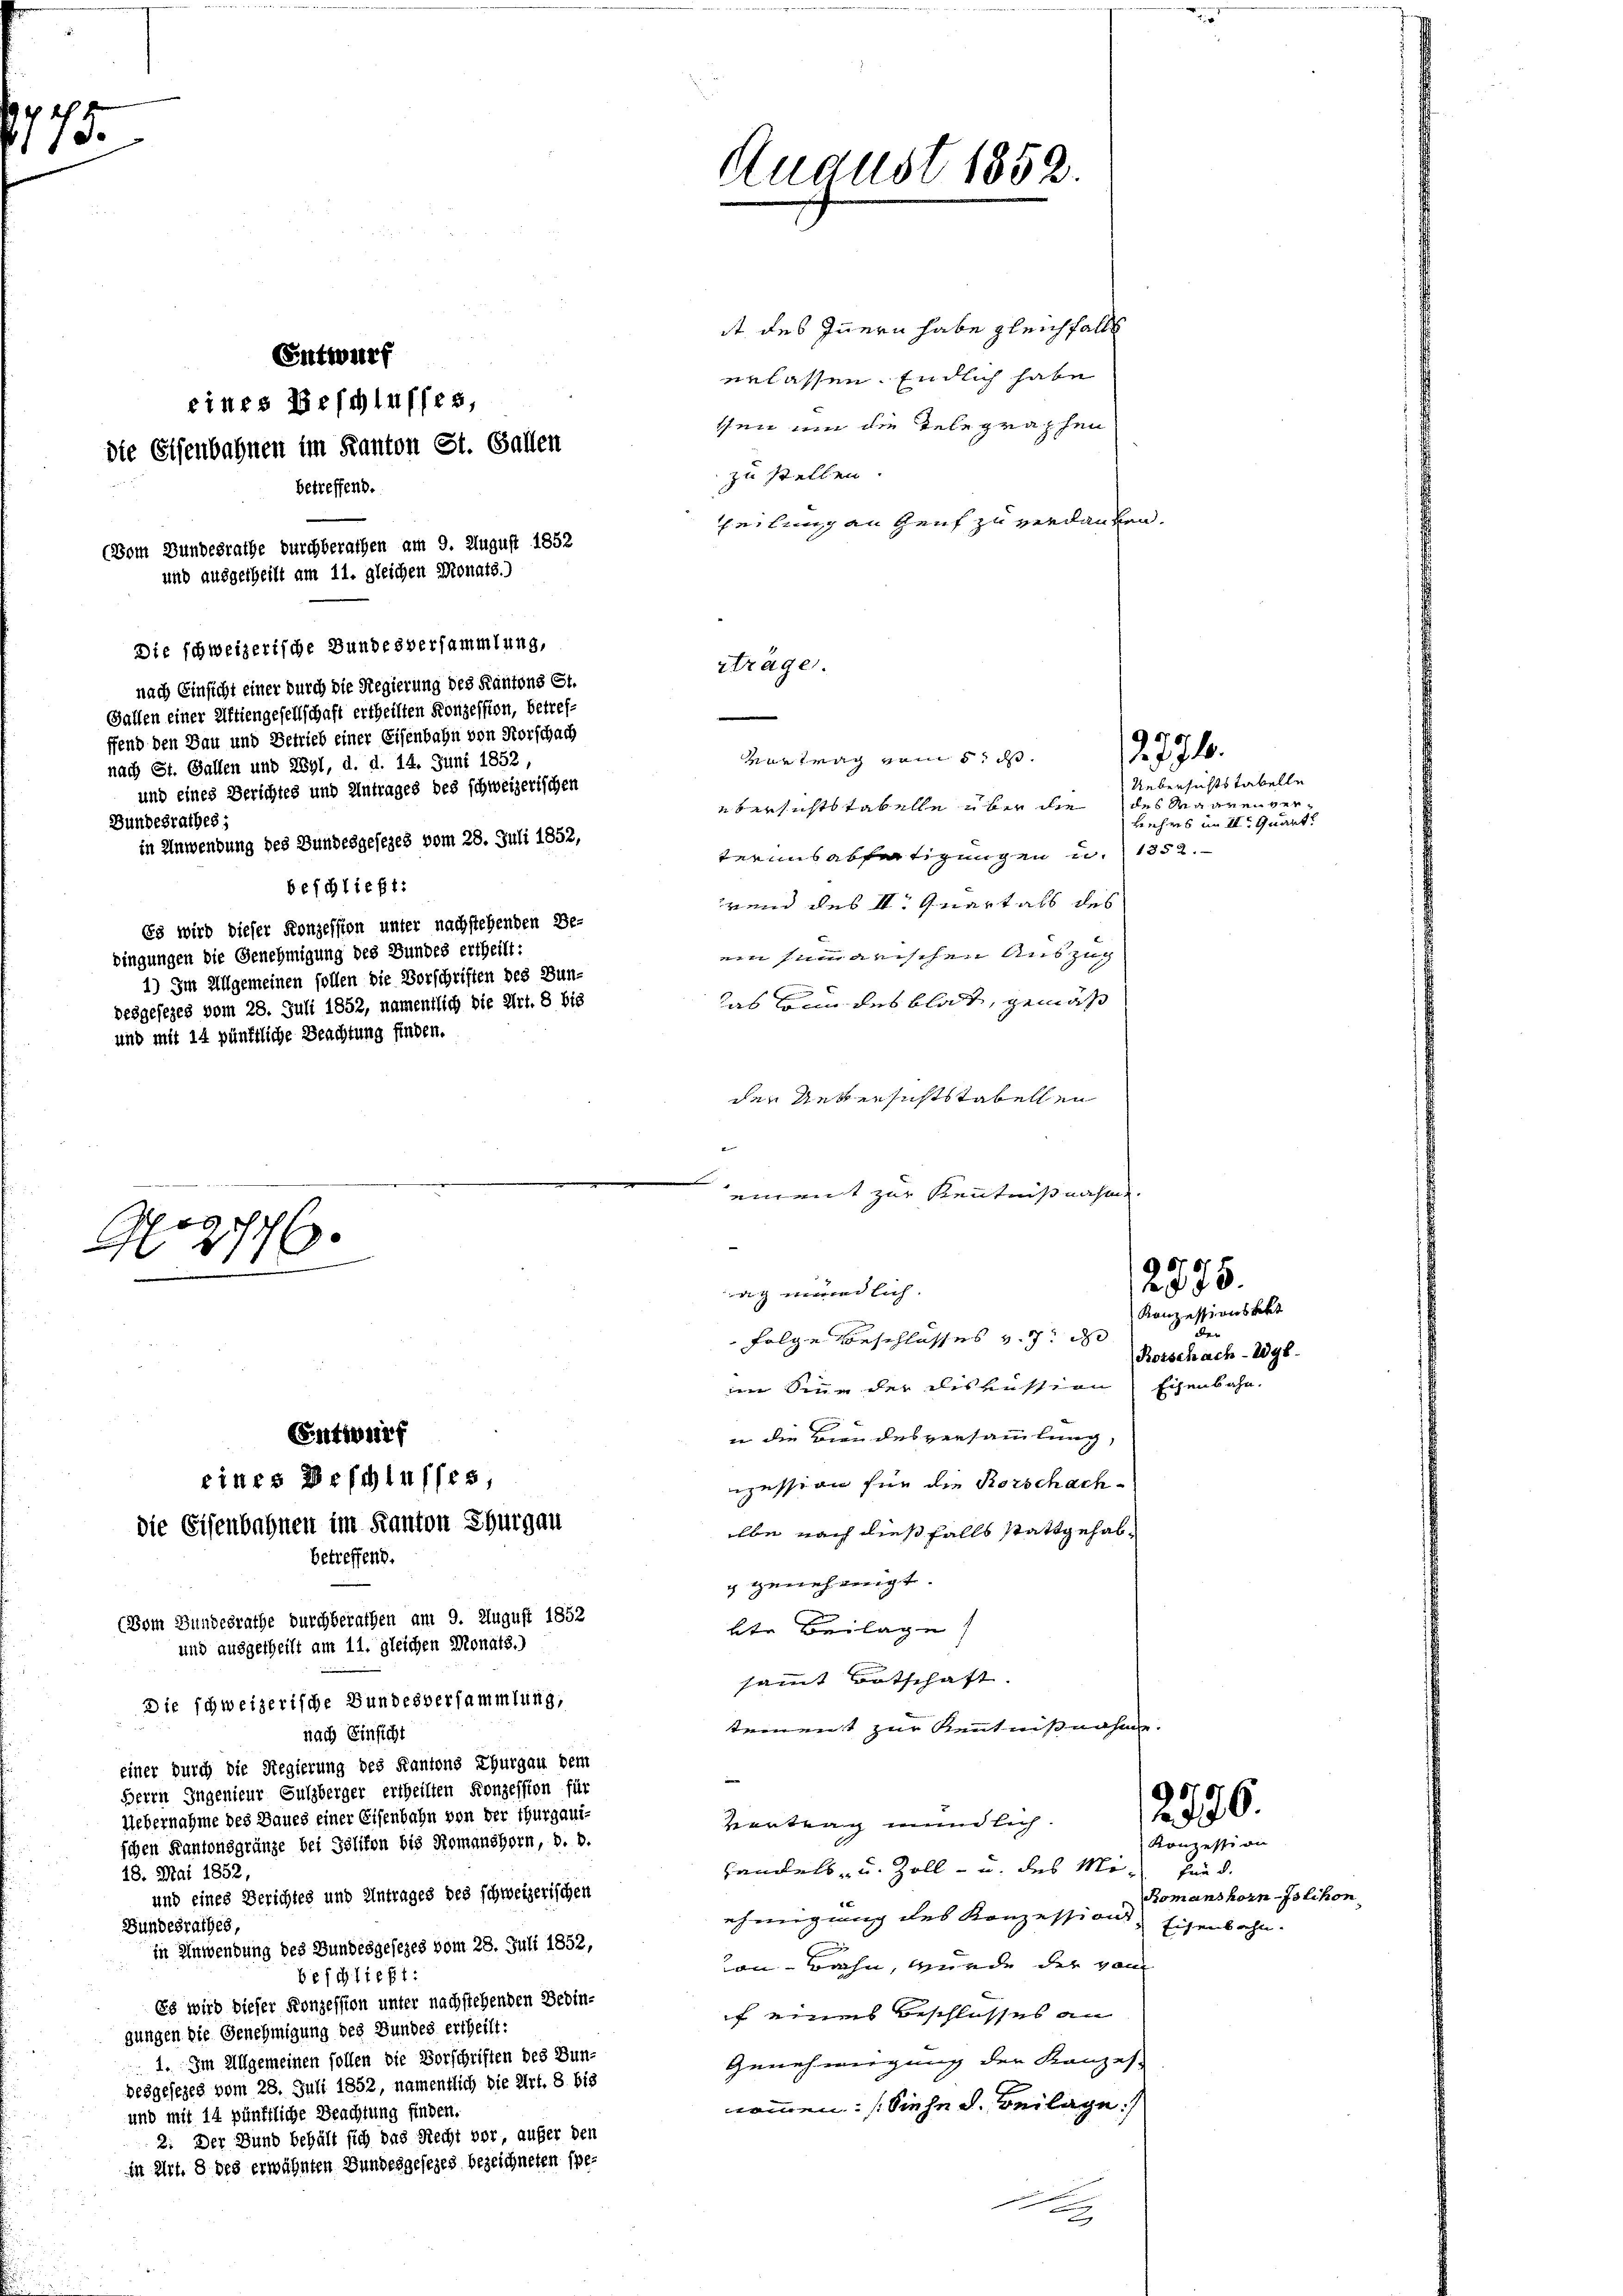
N. 2
118.

Die schweizerische Bundesversammlung,
nach Einsicht einer durch die Regierung des Kantons St.
Gallen einer Aktiengesellschaft ertheilten Konzession, betrefffend den Bau und Betrieb einer Eisenbahn von Vorschach
nach St. Gallen und Wyl, d. d. 14. Juni 1852,
und eines Berichtes und Antrages des schweizerischen
Bundesrathes;
in Anwendung des Bundesgesezes vom 28. Juli 1852,
beschließt:
Es wird dieser Konzession unter nachstehenden Be-
bingungen die Genehmigung des Bundes ertheilt:
1) Im Allgemeinen sollen die Vorschriften des Bun-
desgesezes vom 28. Juli 1852, namentlich die Art. 8 bis
und mit 14 pünktliche Beachtung finden.
e
Gog176.

Entwurf
eines Beschlusses,
die Eisenbahnen im Kanton St. Gallen
betreffend.

(Dom Bundesrathe durchberathen am 9. August 1852
und ausgetheilt am 11. gleichen Monats.)

EEntwurf
eines Beschlusses,
die Eisenbahnen im Kanton Thurgau
betreffend.
(Vom Bundesrathe durchberathen am 9. August 1852

und ausgetheilt am 11. gleichen Monats.)
Die schweizerische Bundesversammlung,
nach Einsicht
einer durch die Regierung des Kantons Thurgau dem
Herrn Ingenieur Sulzberger ertheilten Konzession für
Uebernahme des Baues einer Eisenbahn von der Thurgauschen Kantonsgränze bei Geliten bis Romanshorn, d. d.
18. Mai 1852,
und eines Berichtes und Antrages des schweizerischen
Bundesrathes,
in Anwendung des Bundesgesezes vom 28. Juli 1852,
beschließt:
Es wird dieser Konzession unter nachstehenden Bedingungen die Genehmigung des Bundes ertheilt:
1. Im Allgemeinen sollen die Vorschriften des Bun-
besgesezes vom 28. Juli 1852, namentlich die Art. 8 bis
und mit 14 pünktliche Beachtung finden.
2: Der Bund behält sich das Recht vor, aufer den
in Art. 8 des erwähnten Bundesgesezes bezeichneten spe¬

it des Innern habe gleichfalls
erlassen. Endlich habe
sen um die Telegraphen
zu stellen.
heilung an Genf zu verdanken.

August 1853.

rtrage.

terius abfertigungen u.
rend des II. Quartals des
ein summarischen Auszug
das kann des blat, gemäß
den Uebersichtstabellen
einmit zur Kenntnißnahm.

Vertrag vom 5. ds.

ebersichts tabelle über die des Waarenver¬

dich endlich
Folge Beschlosses v. 7. d

2.771.
Uebersichtstabelle
Lehrs im II. Quart
1352.

n Sinn der Diskussion Echenbahn.
in die Biendesversammlung,
ession für die Rorschachilbe nach dießfalls stattgehabg genehmigt.
bte Beilage
samt Botschaft.
tement zur Kenntnißnahme.
Vertrag mündlich.
Handels- u. Zoll- u. des Man find
ehmigung des Konzession, Eisenbahn.
an Bahn, wurde der von
f eigens Beschlusses an
Genehmigung der Kanzes.
nommen. (Siehe d. Beilage:
10

2775.
Konzessionsbekt
abe
Botschach- 298.

2776.

Konzession
Romanshorn-Islichon